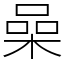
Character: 喿